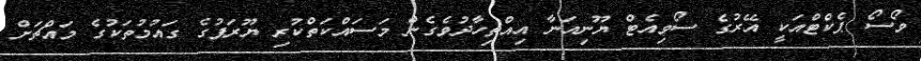
ވޯސޯ ޕެކްޓްއަކީ އޭރުގެ ސޯވިއެޓް ޔޫނިއަނާ އިއްތިހާދުވެގެން މަސައްކަތްކުރި ޔޫރަޕުގެ ގައުމުތަކުގެ މައްޗަށް